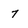
Character: 7